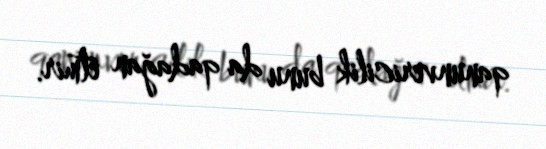
qanunvericilik bunu da qadağan etmir.